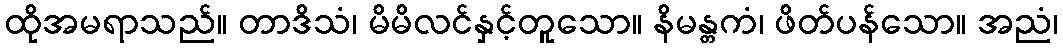
ထိုအမရာသည်။ တာဒိသံ၊ မိမိလင်နှင့်တူသော။ နိမန္တကံ၊ ဖိတ်ပန်သော။ အညံ၊